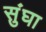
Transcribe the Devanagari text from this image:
सुंघा